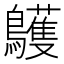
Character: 鸌